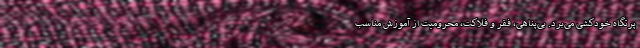
پرتگاه خودکشی می‌برد. بی‌پناهی، فقر و فلاکت، محرومیت از آموزش مناسب